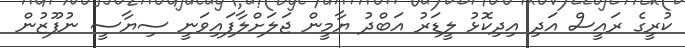
ކުރީގެ ރައީސް އަދި އިދިކޮޅު ލީޑަރު އަބްދު ޔާމީން ޖަލަށްލާފައިވަނީ ސިޔާސީ ނުފޫޒުން